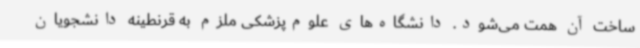
ساخت آن همت می‌شود. دانشگاه‌های علوم‌پزشکی ملزم به قرنطینه دانشجویان